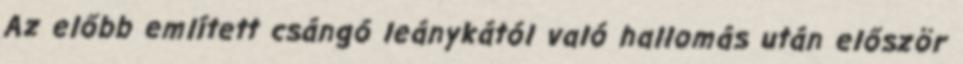
Az előbb említett csángó leánykától való hallomás után először